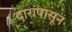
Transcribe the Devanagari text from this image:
दारांपासून